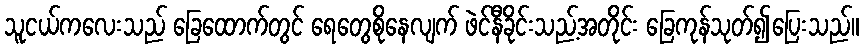
သူငယ်ကလေးသည် ခြေထောက်တွင် ရေတွေစိုနေလျက် ဖဲင်နီခိုင်းသည့်အတိုင်း ခြေကုန်သုတ်၍ပြေးသည်။